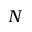
N